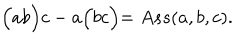
\Bigl ( a b \Bigl ) c - a \Bigl ( b c \Bigl ) = A s s ( a , b , c ) .